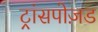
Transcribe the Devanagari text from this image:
ट्रांसपोज़ड